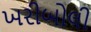
ખરીબોલી